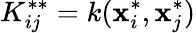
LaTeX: K_{ij}^{**}=k(\mathbf{x}_{i}^{*},\mathbf{x}_{j}^{*})